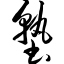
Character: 塾